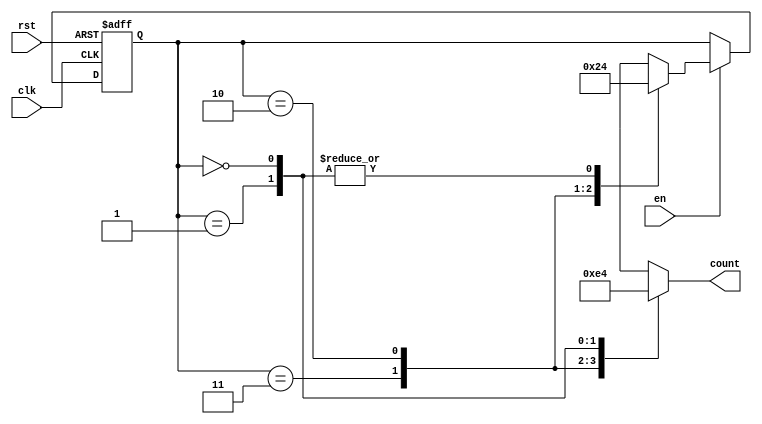
module down_counter (
    input wire clk,      // Clock signal
    input wire rst,      // Asynchronous reset
    input wire en,       // Enable signal
    output reg [1:0] count // 2-bit output representing the current count value
);

// State encoding
localparam STATE_3 = 2'b11; // State 3
localparam STATE_2 = 2'b10; // State 2
localparam STATE_1 = 2'b01; // State 1
localparam STATE_0 = 2'b00; // State 0

// Current state register
reg [1:0] current_state;

// Sequential logic for state transitions
always @(posedge clk or posedge rst) begin
    if (rst) begin
        current_state <= STATE_3; // Reset to State 3
    end else if (en) begin
        case (current_state)
            STATE_3: current_state <= STATE_2; // Transition from State 3 to State 2
            STATE_2: current_state <= STATE_1; // Transition from State 2 to State 1
            STATE_1: current_state <= STATE_0; // Transition from State 1 to State 0
            STATE_0: current_state <= STATE_0; // Stay in State 0
            default: current_state <= STATE_3; // Default case (should not occur)
        endcase
    end
end

// Output logic based on current state
always @(*) begin
    case (current_state)
        STATE_3: count = 2'b11; // Output 3
        STATE_2: count = 2'b10; // Output 2
        STATE_1: count = 2'b01; // Output 1
        STATE_0: count = 2'b00; // Output 0
        default: count = 2'b00; // Default case (should not occur)
    endcase
end

endmodule